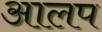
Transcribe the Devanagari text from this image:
आलप